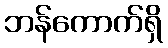
ဘန်ကောက်ရှိ